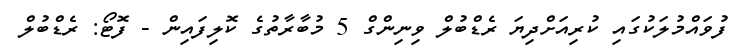
ފުވައްމުލަކުގައި ކުރިއަށްދިޔަ ރެޑްބުލް ވިނިންގް 5 މުބާރާތުގެ ކޮލިފައިން - ފޮޓޯ: ރެޑްބުލް